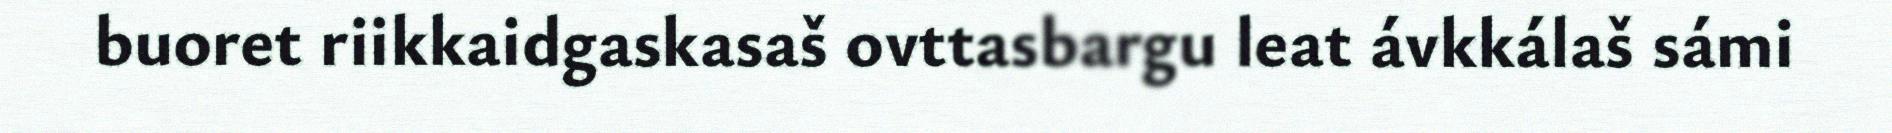
buoret riikkaidgaskasaš ovttasbargu leat ávkkálaš sámi